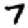
Digit: 7